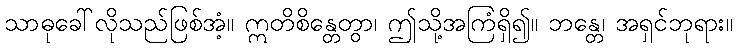
သာဓုခေါ်လိုသည်ဖြစ်အံ့။ ဣတိစိန္တေတွာ၊ ဤသို့အကြံရှိ၍။ ဘန္တေ၊ အရှင်ဘုရား။